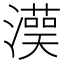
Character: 𱩩